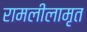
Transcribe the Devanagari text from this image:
रामलीलामृत